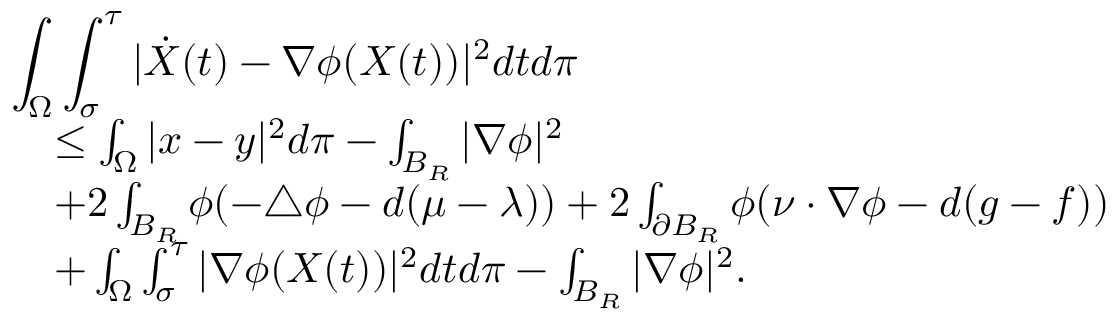
\begin{array} { r l } { \lefteqn { \int _ { \Omega } \int _ { \sigma } ^ { \tau } | \dot { X } ( t ) - \nabla \phi ( X ( t ) ) | ^ { 2 } d t d \pi } } \\ & { \le \int _ { \Omega } | x - y | ^ { 2 } d \pi - \int _ { B _ { R } } | \nabla \phi | ^ { 2 } } \\ & { + 2 \int _ { B _ { R } } \phi ( - \triangle \phi - d ( \mu - \lambda ) ) + 2 \int _ { \partial B _ { R } } \phi ( \nu \cdot \nabla \phi - d ( g - f ) ) } \\ & { + \int _ { \Omega } \int _ { \sigma } ^ { \tau } | \nabla \phi ( X ( t ) ) | ^ { 2 } d t d \pi - \int _ { B _ { R } } | \nabla \phi | ^ { 2 } . } \end{array}